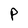
Character: P